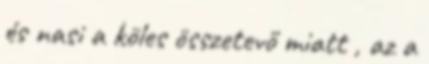
és nasi a köles összetevő miatt , az a